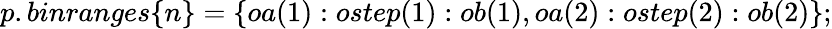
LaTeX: p.binranges\{ n\} =\{ oa(1):ostep(1):ob(1),oa(2):ostep(2):ob(2)\} ;